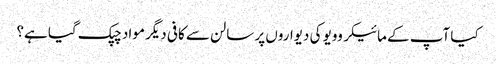
کیا آپ کے مائیکروویو کی دیواروں پر سالن سے کافی دیگر مواد چپک گیا ہے؟